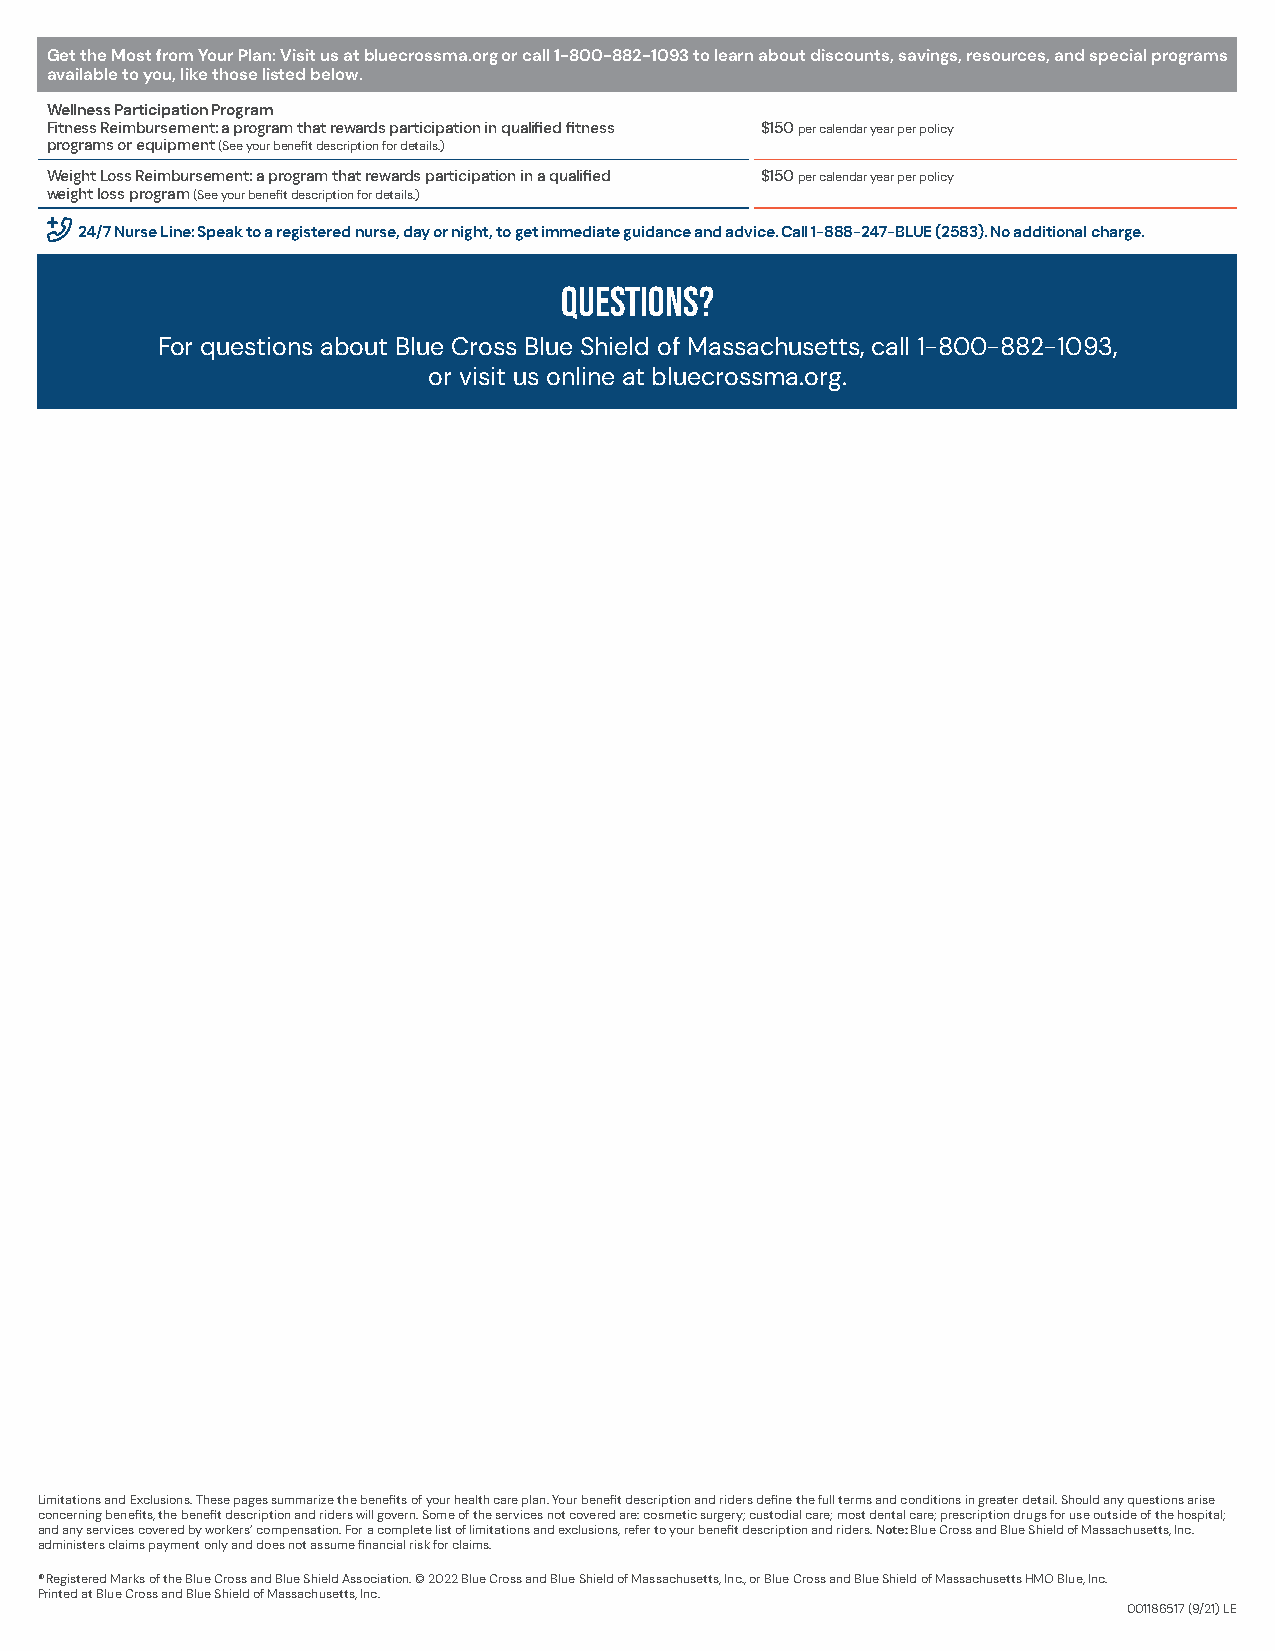
Get the Most from Your Plan: Visit us at bluecrossma.org or call 1-800-882-1093 to learn about discounts, savings, resources, and special programs
 available to you, like those listed below.
 Wellness Participation Program
 Fitness Reimbursement: a program that rewards participation in qualified fitness $150 per calendar year per policy
 programs or equipment (See your benefit description for details.)
 Weight Loss Reimbursement: a program that rewards participation in a qualified $150 per calendar year per policy
 weight loss program (See your benefit description for details.)
 phone-plus
 24/7 Nurse Line: Speak to a registered nurse, day or night, to get immediate guidance and advice. Call 1-888-247-BLUE (2583). No additional charge.
 Questions?
 For questions about Blue Cross Blue Shield of Massachusetts, call 1-800-882-1093,
 or visit us online at bluecrossma.org.
 Limitations and Exclusions. These pages summarize the benefits of your health care plan. Your benefit description and riders define the full terms and conditions in greater detail. Should any questions arise
 concerning benefits, the benefit description and riders will govern. Some of the services not covered are: cosmetic surgery; custodial care; most dental care; prescription drugs for use outside of the hospital;
 and any services covered by workers’ compensation. For a complete list of limitations and exclusions, refer to your benefit description and riders. Note: Blue Cross and Blue Shield of Massachusetts, Inc.
 administers claims payment only and does not assume financial risk for claims.
 ® Registered Marks of the Blue Cross and Blue Shield Association. © 2022 Blue Cross and Blue Shield of Massachusetts, Inc., or Blue Cross and Blue Shield of Massachusetts HMO Blue, Inc.
 Printed at Blue Cross and Blue Shield of Massachusetts, Inc.
 001186517 (9/21) LE